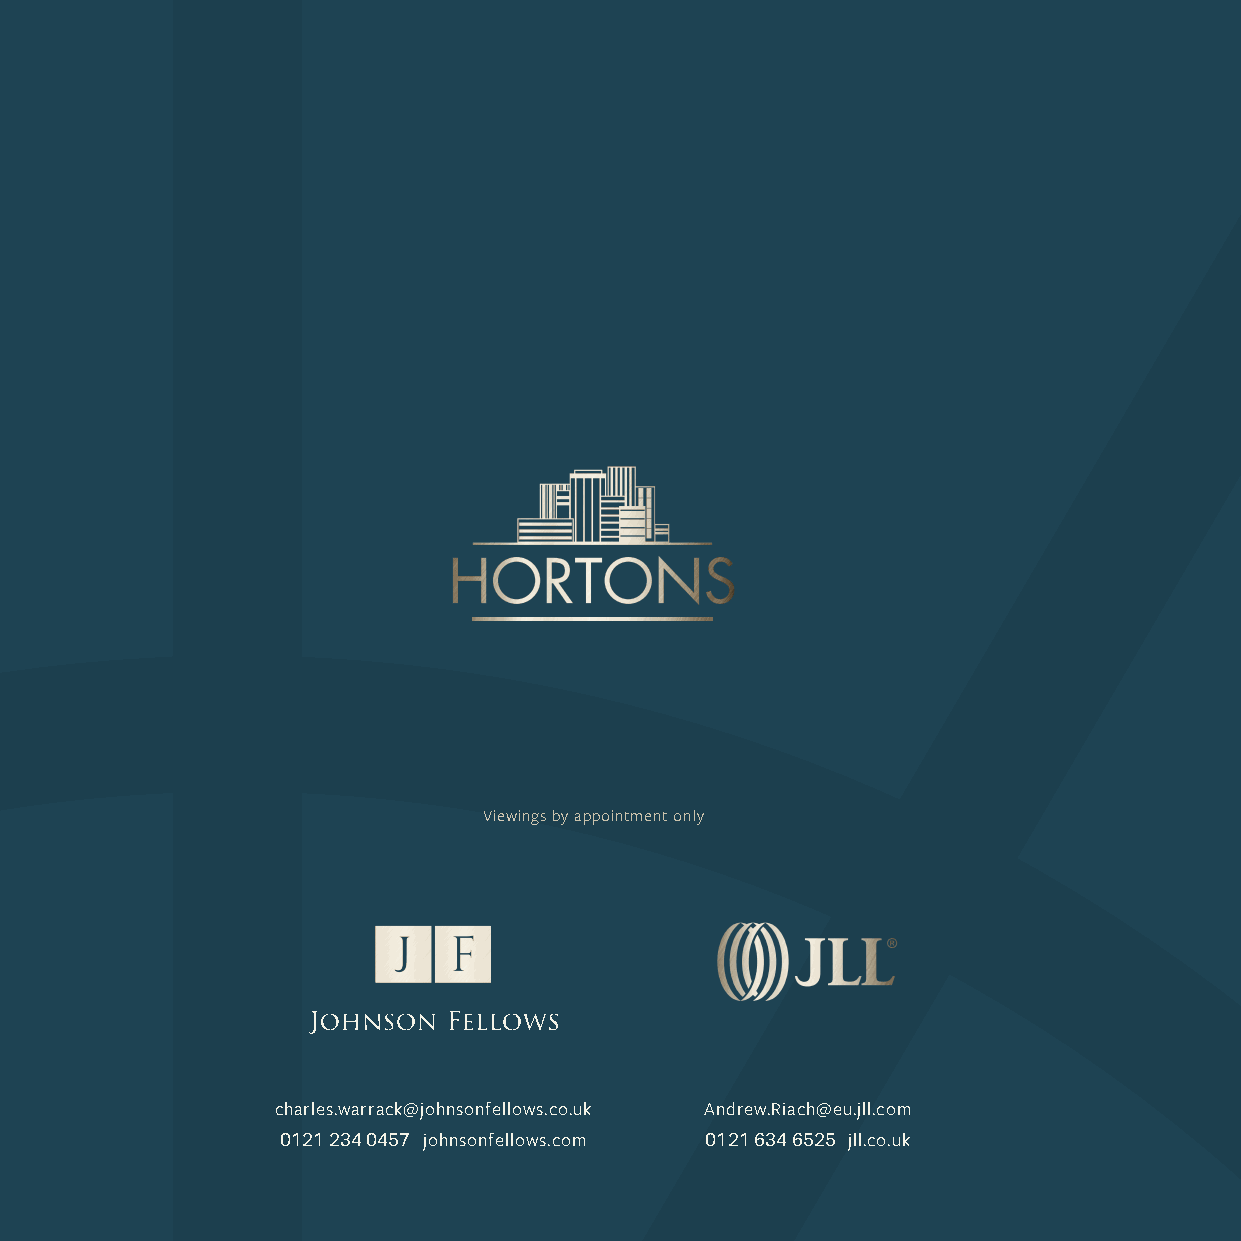
Viewings by appointment only
 charles.warrack@johnsonfellows.co.uk Andrew.Riach@eu.jll.com
 johnsonfellows.com          jll.co.uk
 0121 234 0457               0121 634 6525